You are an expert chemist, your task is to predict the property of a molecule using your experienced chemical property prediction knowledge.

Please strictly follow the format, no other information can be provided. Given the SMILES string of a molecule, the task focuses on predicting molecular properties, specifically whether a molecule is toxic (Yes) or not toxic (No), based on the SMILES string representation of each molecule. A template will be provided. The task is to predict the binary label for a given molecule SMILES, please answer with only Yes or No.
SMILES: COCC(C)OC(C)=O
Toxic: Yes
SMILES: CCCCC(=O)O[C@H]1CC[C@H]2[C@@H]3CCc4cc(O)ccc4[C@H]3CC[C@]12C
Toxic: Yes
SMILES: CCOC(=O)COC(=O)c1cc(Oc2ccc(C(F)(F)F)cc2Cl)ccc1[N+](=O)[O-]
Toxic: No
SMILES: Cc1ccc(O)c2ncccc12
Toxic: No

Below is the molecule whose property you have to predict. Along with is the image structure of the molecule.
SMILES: CCOC(=O)CC1(C)OCC(C)O1
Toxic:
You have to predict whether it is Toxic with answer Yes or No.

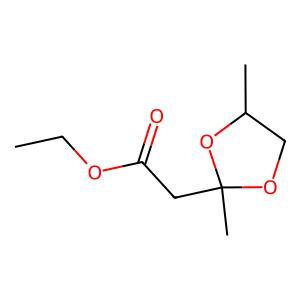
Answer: No